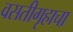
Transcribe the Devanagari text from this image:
वसतीगृहाचा